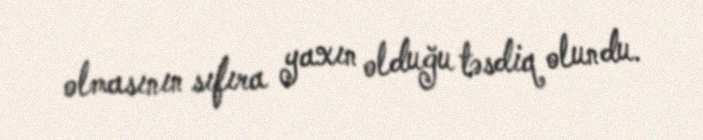
olmasının sıfıra yaxın olduğu təsdiq olundu.